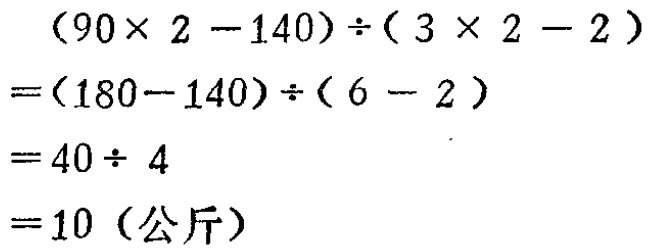
\[
\begin{align*}
&(90\times 2 - 140)\div(3\times 2 - 2)\\
=&(180 - 140)\div(6 - 2)\\
=&40\div 4\\
=&10 (\text{公斤})
\end{align*}
\]